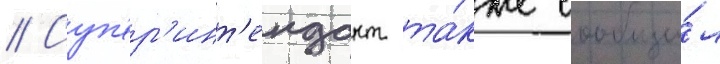
// Суп'ер'инт'ендант та́кже сообщи́л